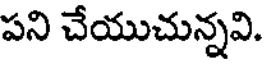
పని చేయుచున్నవి.